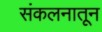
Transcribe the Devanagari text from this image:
संकलनातून